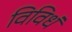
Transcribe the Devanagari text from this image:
विविधं